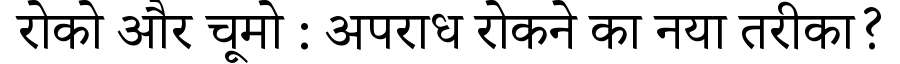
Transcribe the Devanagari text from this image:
रोको और चूमो : अपराध रोकने का नया तरीका?